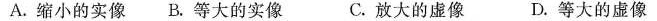
A.缩小的实像 B.等大的实像 C.放大的虚像 D.等大的虚像